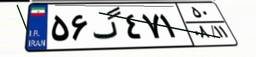
۴۸گ۳۴۹۶۳